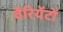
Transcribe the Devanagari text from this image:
वैरियेंटों